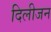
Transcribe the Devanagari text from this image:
दिलीजन